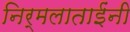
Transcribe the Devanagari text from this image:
निर्मलाताईंनी